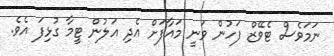
ނަމަވެސް ޓެވޭޒް ފަހުން ވަނީ މައާފަށް އެދި އަލުން ޓީމާ ގުޅިފަ އެވެ.